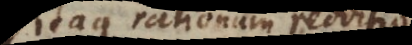
Itaque rationum redditio